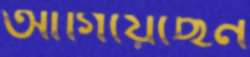
আগিয়েছেন